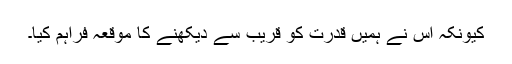
کیونکہ اس نے ہمیں قدرت کو قریب سے دیکھنے کا موقعہ فراہم کیا۔